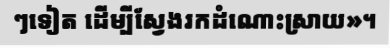
ៗទៀត ដើម្បីស្វែងរកដំណោះស្រាយ»។